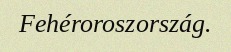
Fehéroroszország.